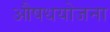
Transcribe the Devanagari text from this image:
औषधयोजना